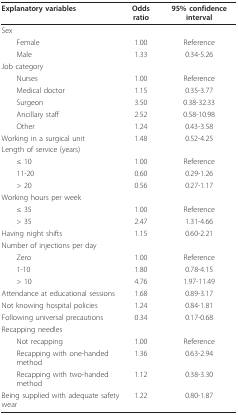
<table><thead><tr><td><b>Explanatory variables</b></td><td><b>Odds ratio</b></td><td><b>95% confidence interval</b></td></tr></thead><tbody><tr><td>Sex</td><td></td><td></td></tr><tr><td> Female</td><td>1.00</td><td>Reference</td></tr><tr><td> Male</td><td>1.33</td><td>0.34-5.26</td></tr><tr><td>Job category</td><td></td><td></td></tr><tr><td> Nurses</td><td>1.00</td><td>Reference</td></tr><tr><td> Medical doctor</td><td>1.15</td><td>0.35-3.77</td></tr><tr><td> Surgeon</td><td>3.50</td><td>0.38-32.33</td></tr><tr><td> Ancillary staff</td><td>2.52</td><td>0.58-10.98</td></tr><tr><td> Other</td><td>1.24</td><td>0.43-3.58</td></tr><tr><td>Working in a surgical unit</td><td>1.48</td><td>0.52-4.25</td></tr><tr><td>Length of service (years)</td><td></td><td></td></tr><tr><td> ≤ 10</td><td>1.00</td><td>Reference</td></tr><tr><td> 11-20</td><td>0.60</td><td>0.29-1.26</td></tr><tr><td> &gt; 20</td><td>0.56</td><td>0.27-1.17</td></tr><tr><td>Working hours per week</td><td></td><td></td></tr><tr><td> ≤ 35</td><td>1.00</td><td>Reference</td></tr><tr><td> &gt; 35</td><td>2.47</td><td>1.31-4.66</td></tr><tr><td>Having night shifts</td><td>1.15</td><td>0.60-2.21</td></tr><tr><td>Number of injections per day</td><td></td><td></td></tr><tr><td> Zero</td><td>1.00</td><td>Reference</td></tr><tr><td> 1-10</td><td>1.80</td><td>0.78-4.15</td></tr><tr><td> &gt; 10</td><td>4.76</td><td>1.97-11.49</td></tr><tr><td>Attendance at educational sessions</td><td>1.68</td><td>0.89-3.17</td></tr><tr><td>Not knowing hospital policies</td><td>1.24</td><td>0.84-1.81</td></tr><tr><td>Following universal precautions</td><td>0.34</td><td>0.17-0.68</td></tr><tr><td>Recapping needles</td><td></td><td></td></tr><tr><td> Not recapping</td><td>1.00</td><td>Reference</td></tr><tr><td> Recapping with one-handed method</td><td>1.36</td><td>0.63-2.94</td></tr><tr><td> Recapping with two-handed method</td><td>1.12</td><td>0.38-3.30</td></tr><tr><td>Being supplied with adequate safety wear</td><td>1.22</td><td>0.80-1.87</td></tr></tbody></table>